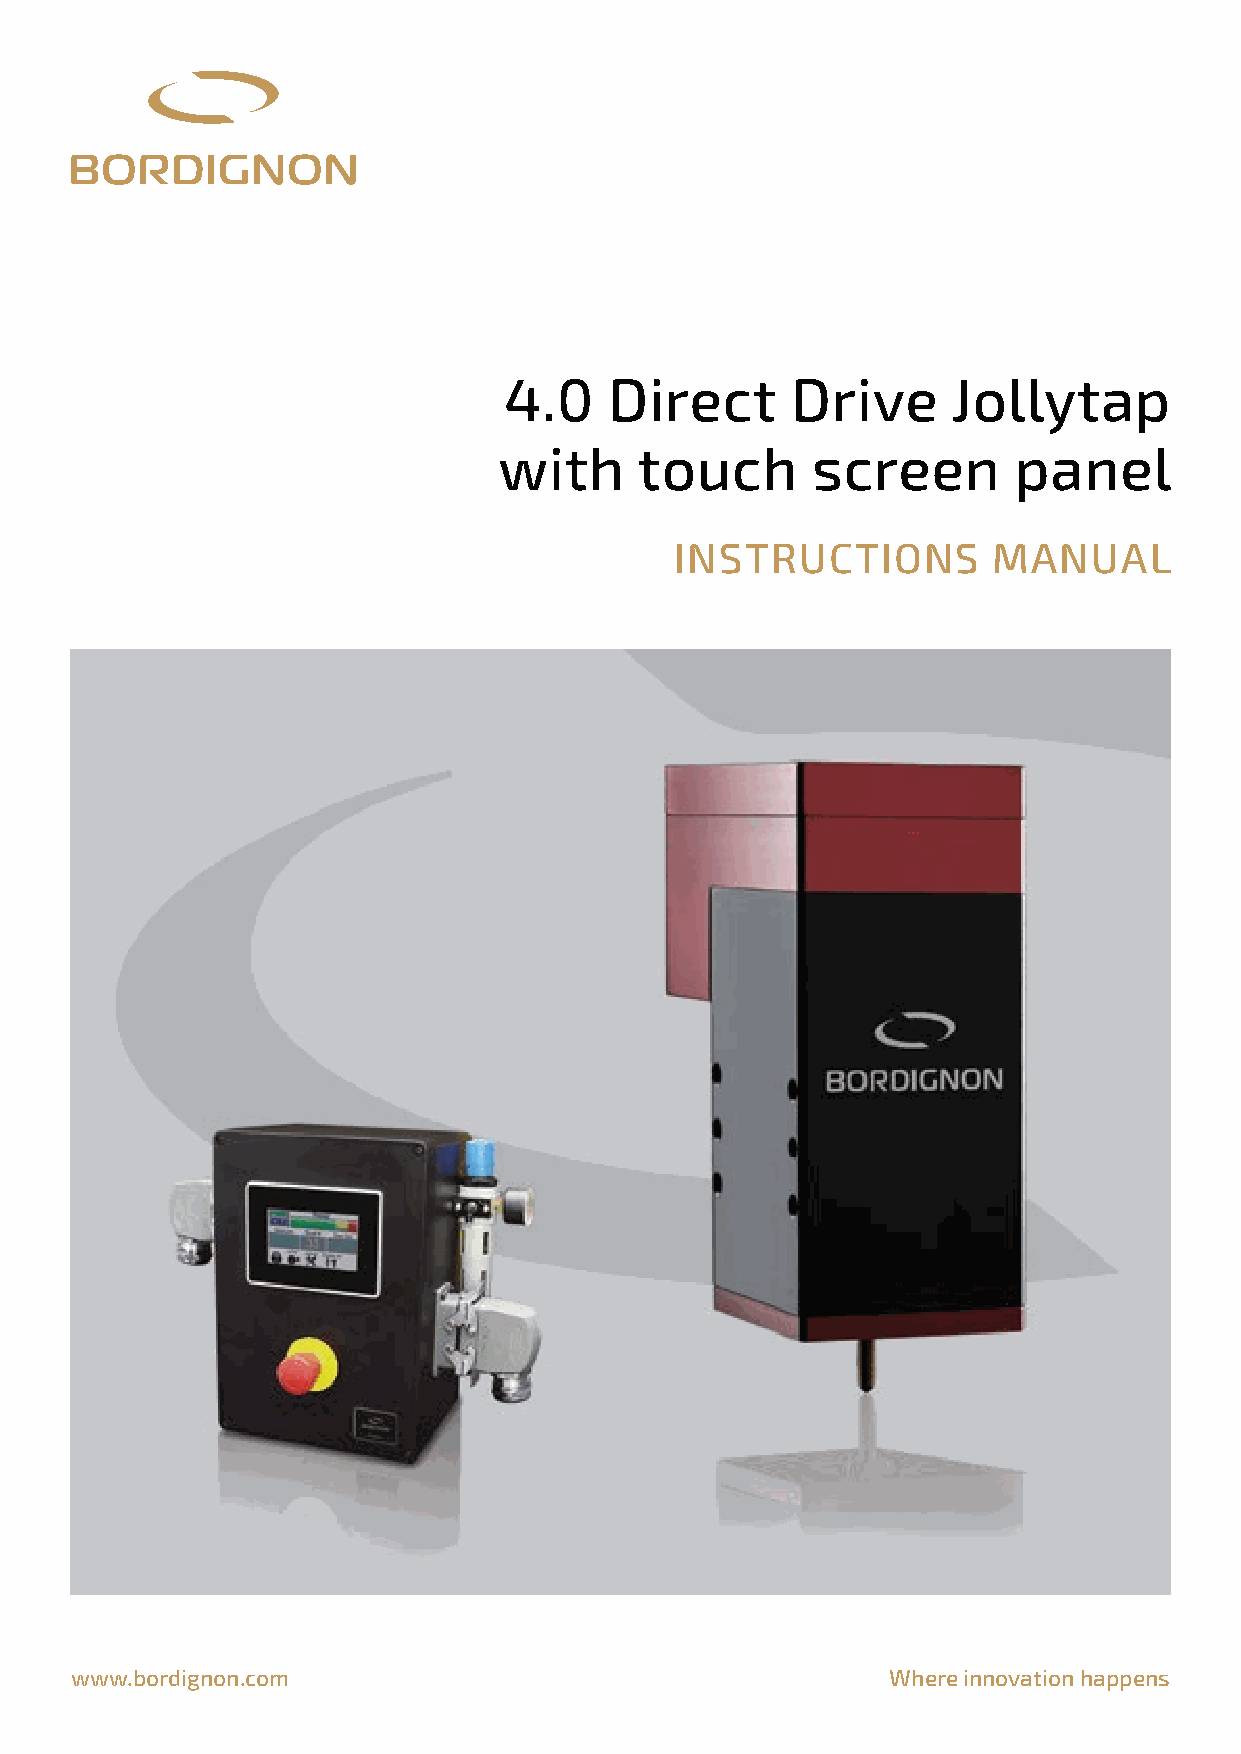
4.0    Direct      Drive      Jollytap
 with     touch       screen       panel
 instructions         manual
 www.bordignon.com                                     Where innovation happens